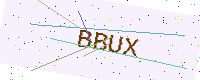
Text: BBUX